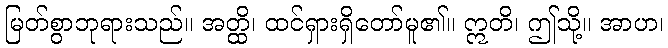
မြတ်စွာဘုရားသည်။ အတ္ထိ၊ ထင်ရှားရှိတော်မူ၏။ ဣတိ၊ ဤသို့။ အာဟ၊